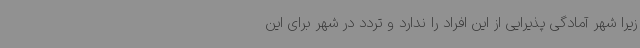
زیرا شهر آمادگی پذیرایی از این افراد را ندارد و تردد در شهر برای این